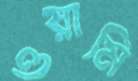
ওয়ামি